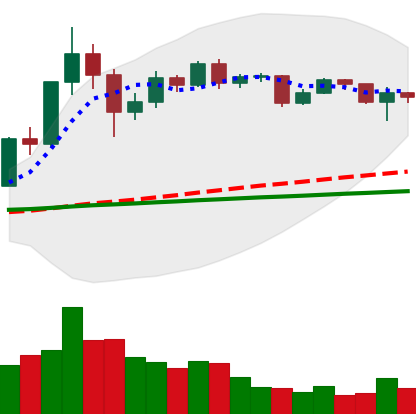
Ticker: XRP-USD
Chart end date: 2020-12-10
Forward return: -18.02%
Label: down_7plus